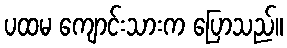
ပထမ ကျောင်းသားက ပြောသည်။